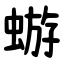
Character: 蝣